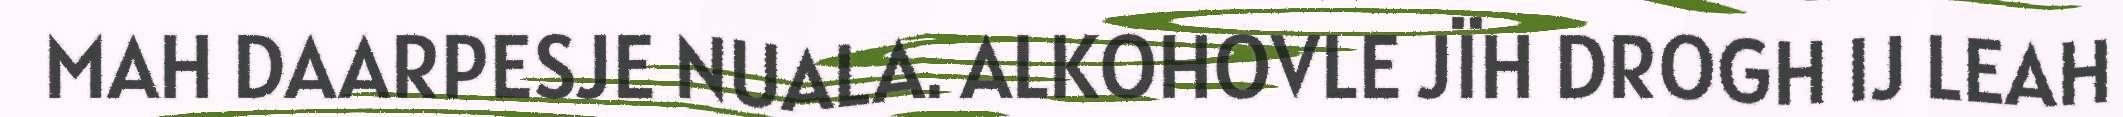
MAH DAARPESJE NUALA. ALKOHOVLE JÏH DROGH IJ LEAH